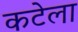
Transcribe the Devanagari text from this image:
कटेला